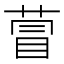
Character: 萺